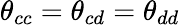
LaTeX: \theta_{cc}=\theta_{cd}=\theta_{dd}